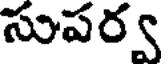
సుపర్వ